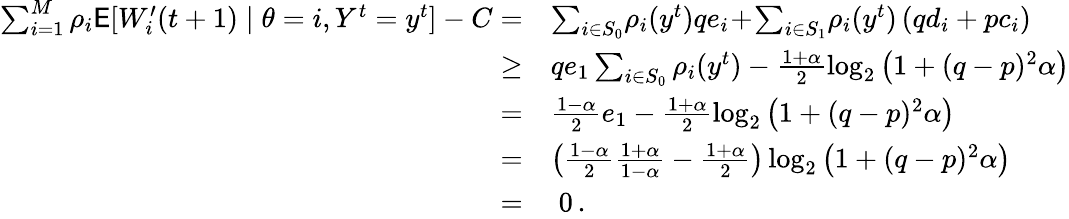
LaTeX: \begin{array}{rl}{\sum_{i=1}^{M}\rho_{i}\mathsf{E}[W_{i}^{\prime}(t+1)\mid\theta=i,Y^{t}=y^{t}]-C=}&{\sum_{i\in S_{0}}\! \rho_{i}(y^{t})qe_{i}\! +\! \sum_{i\in S_{1}}\! \rho_{i}(y^{t})\left(qd_{i}+pc_{i}\right)}\\ {\ge}&{qe_{1}\sum_{i\in S_{0}}\rho_{i}(y^{t})-\frac{1+\alpha}{2}\log_{2}\left(1+(q-p)^{2}\alpha\right)}\\ {=}&{\frac{1-\alpha}{2}e_{1}-\frac{1+\alpha}{2}\log_{2}\left(1+(q-p)^{2}\alpha\right)}\\ {=}&{\left(\frac{1-\alpha}{2}\frac{1+\alpha}{1-\alpha}-\frac{1+\alpha}{2}\right)\log_{2}\left(1+(q-p)^{2}\alpha\right)}\\ {=}&{\; 0\, .}\end{array}